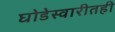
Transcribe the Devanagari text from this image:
घोडेस्वारीतही